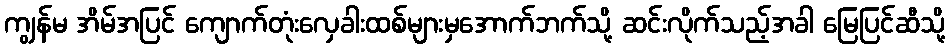
ကျွန်မ အိမ်အပြင် ကျောက်တုံးလှေခါးထစ်များမှအောက်ဘက်သို့ ဆင်းလိုက်သည့်အခါ မြေပြင်ဆီသို့